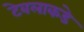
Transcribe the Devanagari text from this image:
टेबलाकडे